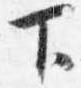
下